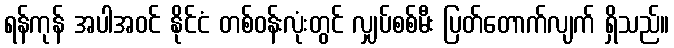
ရန်ကုန် အပါအဝင် နိုင်ငံ တစ်ဝန်းလုံးတွင် လျှပ်စစ်မီး ပြတ်တောက်လျက် ရှိသည်။